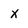
Character: x